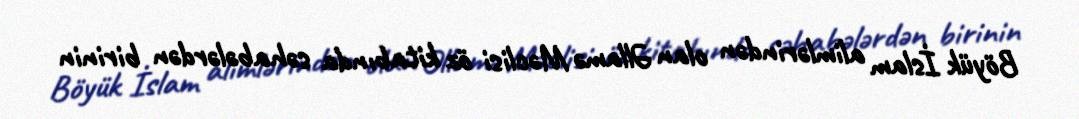
Böyük İslam alimlərindən olan Əllamə Məclisi öz kitabında səhabələrdən birinin